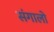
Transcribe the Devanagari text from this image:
संगालो